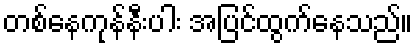
တစ်နေကုန်နီးပါး အပြင်ထွက်နေသည်။